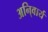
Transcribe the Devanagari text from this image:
अनि्वार्य